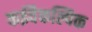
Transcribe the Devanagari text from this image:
कईवैकल्पिक